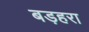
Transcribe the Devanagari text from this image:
बड़हरा